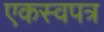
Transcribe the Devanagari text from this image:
एकस्वपत्र